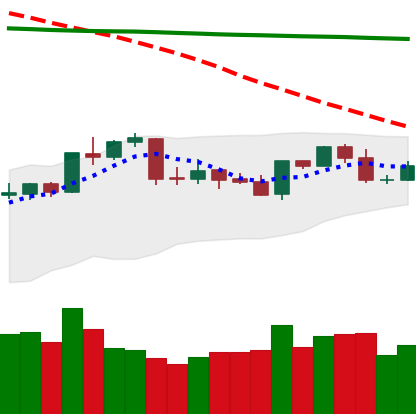
Ticker: NEO-USD
Chart end date: 2020-04-22
Forward return: 12.086%
Label: up_7plus